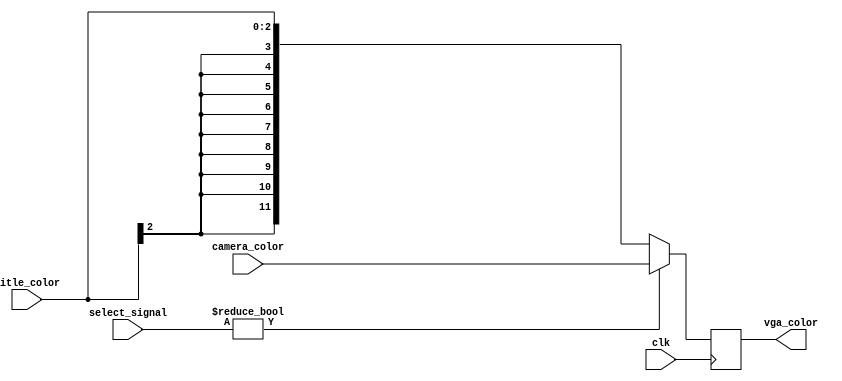
`timescale 1ns / 1ps
//////////////////////////////////////////////////////////////////////////////////
// Company: 
// Engineer: 
// 
// Design Name: 
// Module Name: MODULE_SELECT21
// Project Name: 
// Target Devices: 
// Tool Versions: 
// Description: 
// 
// Dependencies: 
// 
// Revision:
// Revision 0.01 - File Created
// Additional Comments:
// 
//////////////////////////////////////////////////////////////////////////////////


module MODULE_SELECT21(
    input [3:0] select_signal,
    input [2:0] title_color,
    input [11:0] camera_color,
    input clk,
    output [11:0] vga_color
    );
    reg [11:0] tmp=0;
    assign vga_color=tmp;
    always @(posedge clk) 
    begin
        if(select_signal!=4'b0000)
            tmp=camera_color;
        else
            tmp={{(9){title_color[2]}},title_color};
    end

endmodule